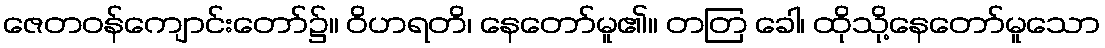
ဇေတဝန်ကျောင်းတော်၌။ ဝိဟရတိ၊ နေတော်မူ၏။ တတြ ခေါ၊ ထိုသို့နေတော်မူသော